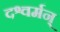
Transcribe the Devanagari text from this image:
दश्वर्मन्‌